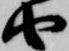
由